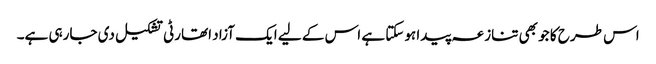
اس طرح کا جو بھی تنازعہ پیدا ہوسکتا ہے اس کے لیے ایک آزاد اتھارٹی تشکیل دی جارہی ہے۔